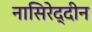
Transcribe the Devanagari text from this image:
नासिरेद्दीन